Civil Veterinary Department Bihar reports 1940-50 - 1940-1950
Year: 1940
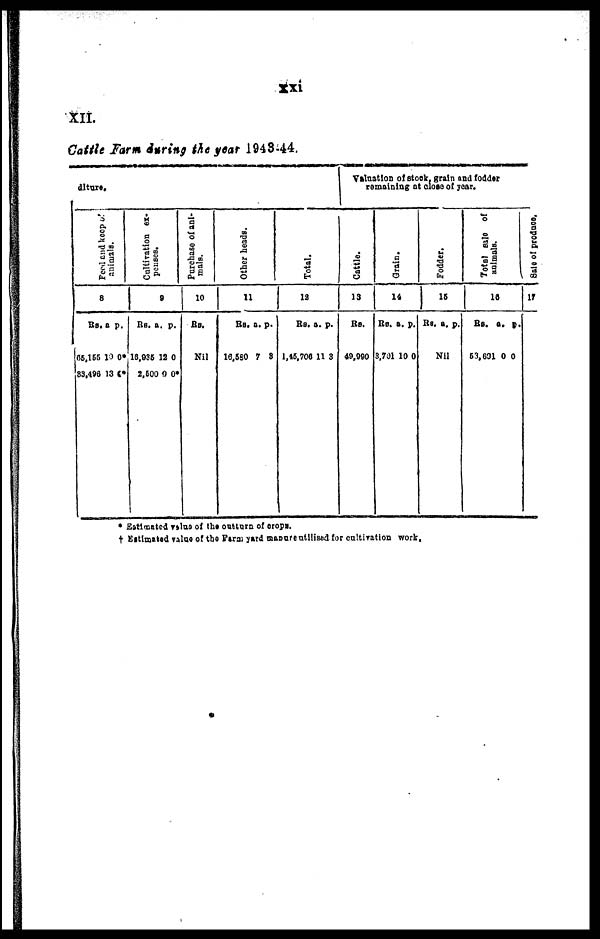
XII.
Cattle Farm during the year 1943-44.
diture.
Feed and keep of
8
Rs.
65,155
33,496
a.
10
13
p.
0*
0*
Cultivation ex-
penses.
9
Rs.
18,935
2,500
a.
12
0
p.
0
0*
Purchase of ani-
mals.
10
Rs.
Nil
Other heads.
11
Rs.
16,580
a.
7
p.
3
Total.
12
Rs.
1,45,706
a.
11
p.
3
Valuation of stock, grain and fodder
remaining at close of year.
Cattle.
13
Rs.
49,990
Grain.
14
Rs.
3,701
a.
10
p.
0
Fodder.
15
Rs. a.
Nil
p.
Total sale of
animals.
16
Rs.
53,691
a.
0
p.
0
Sale of produce.
17
* Estimated Value of the out turn of cropa.
† Estimated value of the Farm yard manure utilised for cultivation work.